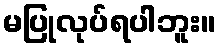
မပြုလုပ်ရပါဘူး။